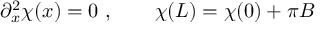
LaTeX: \partial _ { x } ^ { 2 } \chi ( x ) = 0 \ , \qquad \chi ( L ) = \chi ( 0 ) + \pi B